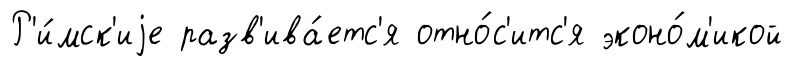
Р'и́мск'иjе разв'ива́етс'я отно́с'итс'я эконо́м'икой